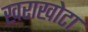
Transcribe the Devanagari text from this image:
खराखोटा